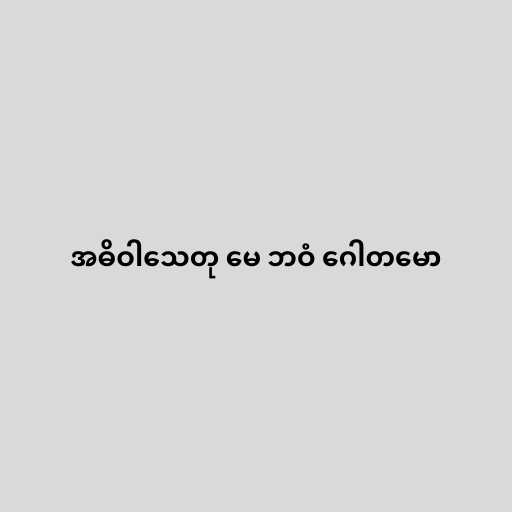
အဓိဝါသေတု မေ ဘဝံ ဂေါတမော